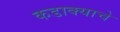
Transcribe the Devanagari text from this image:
कडाक्याचे